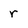
Character: r